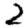
Digit: 2